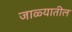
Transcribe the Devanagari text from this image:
जाळ्यातील